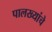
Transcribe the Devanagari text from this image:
पालख्यांचे